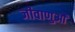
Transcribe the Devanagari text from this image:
जीवाणुऔं